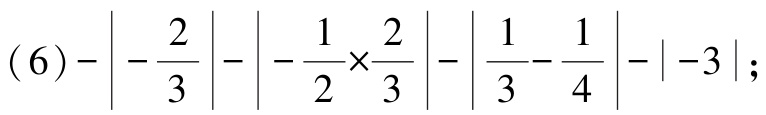
\((6)-\left|-\frac{2}{3}\right|-\left|-\frac{1}{2}\times\frac{2}{3}\right|-\left|\frac{1}{3}-\frac{1}{4}\right|-\left|-3\right|;\)